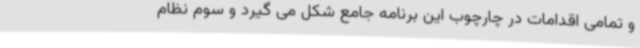
و تمامی اقدامات در چارچوب این برنامه جامع شکل می گیرد و سوم نظام